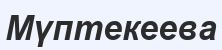
Мүптекеева